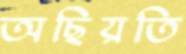
অছিয়তি